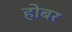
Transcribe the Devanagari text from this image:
होबर